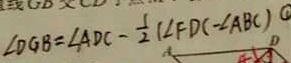
\angle D G B = \angle A D C - \frac { 1 } { 2 } ( \angle F D C - \angle A B C ) \textcircled { 1 }